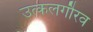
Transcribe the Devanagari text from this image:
उत्कलगौरव